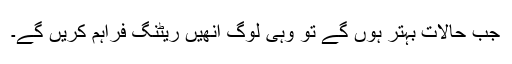
جب حالات بہتر ہوں گے تو وہی لوگ انھیں ریٹنگ فراہم کریں گے۔